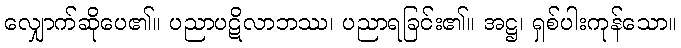
လျှောက်ဆိုပေ၏။ ပညာပဋိလာဘဿ၊ ပညာရခြင်း၏။ အဋ္ဌ၊ ရှစ်ပါးကုန်သော။